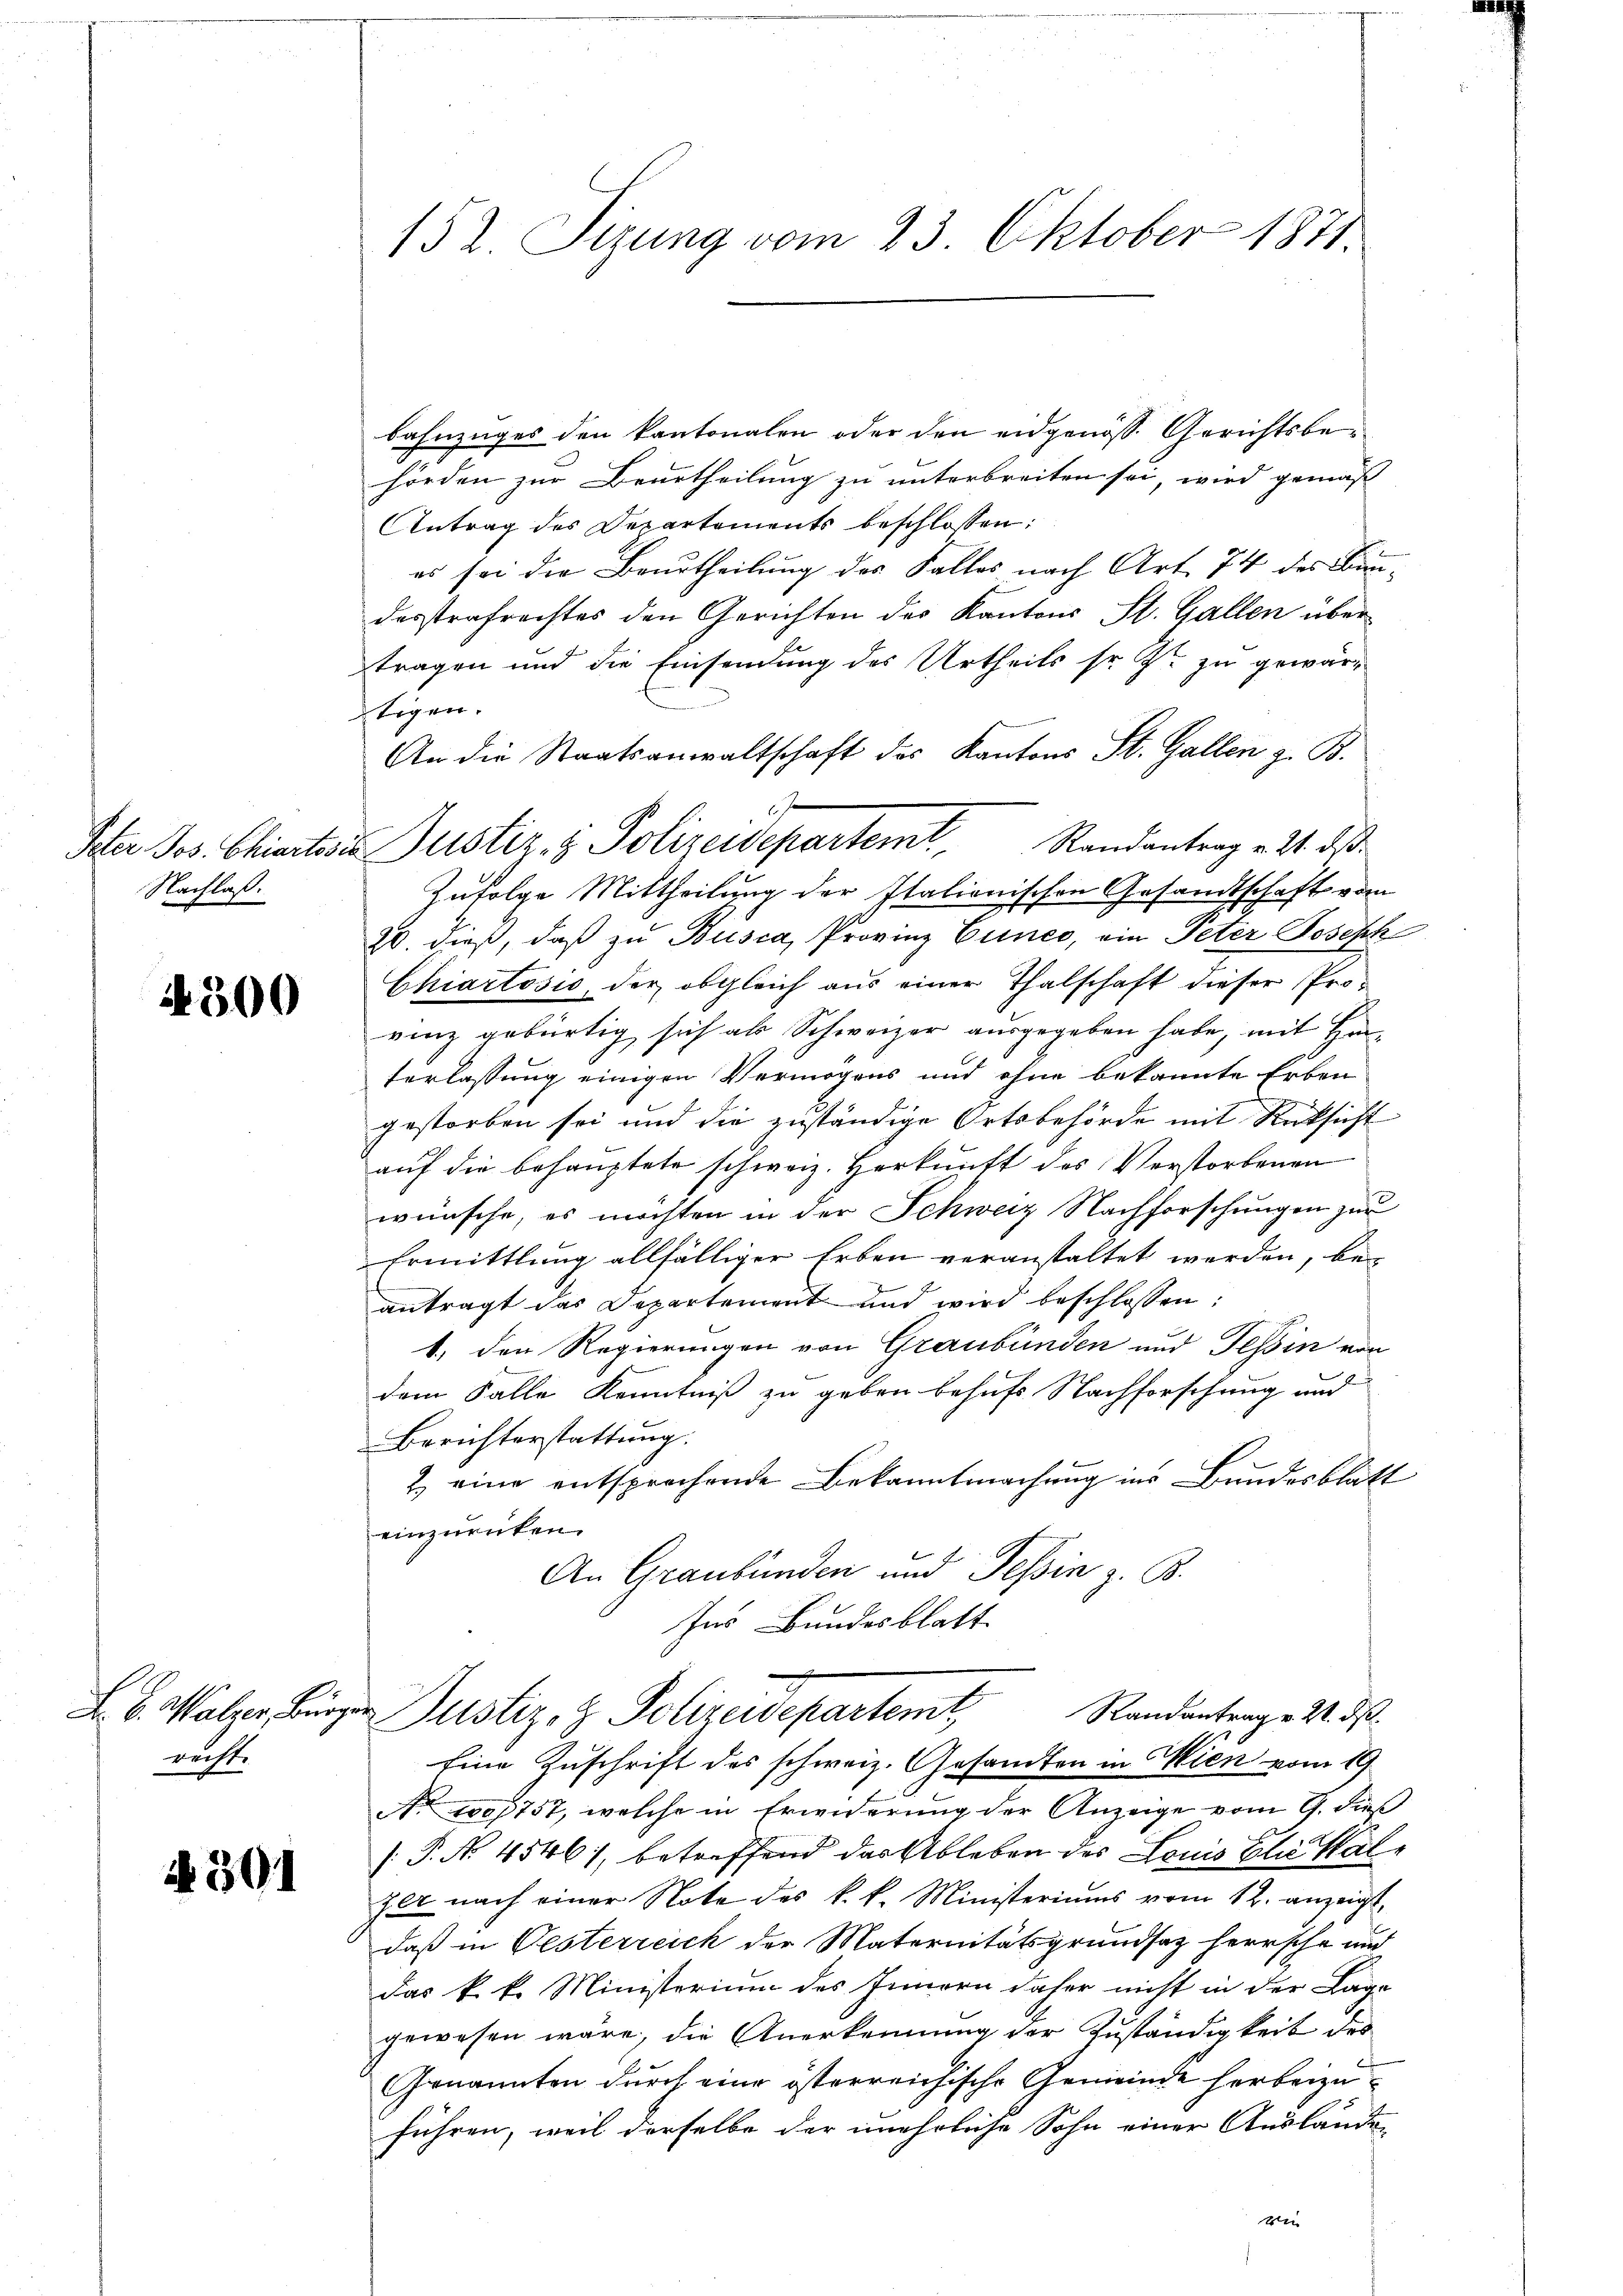
Peter Jos. Chiartes.
Nachlaß.

4300

Fr. 6. Maler, Bür
recht.

4301

152 Sizung vom 23. Oktober 1871

Bahnzuges den kantonalen oder den eidgenöss. Gerichtsbehörden zur Beurtheilung zu unterbreiten sei, wird gemäß
Antrag des Departements beschlossen:
es sei die Beurtheilung des Falles nach Art. 74 des Bundesstrafrechtes den Gerichten des Kantons St. Gallen übertragen und die Einsendung des Urtheils so fr zu gewärstegen.
An die Staatsanwaltschaft des Kantons St. Gallen z. B.
Zufolge Mittheilung der Italionischen Gesandtschaft vom
20. dieß, daß zu Büsca, Provinz Cunes, ein Peter Joseph
Chiartösio der obgleich aus einer Thalschaft dieser Prorinz gebürtig sich als Schweizer ausgegeben habe, mit Hanterlassung einigen Vermögens und ohne bekannte Erben
gestorben sei und die zuständige Ortsbehörde mit Rücksicht
auf die behauptete schweiz. Herkunft des Verstorbenen
wünsche, es möchten in der Schweiz Nachforschungen zur
Ermittlung allfälliger Erben veranstaltet werden, beantragt das Departement und wird beschlossen:
1., den Regierungen von Graubünden und Tessin von
dem Falle Kenntniß zu geben behufs Nachforschung und
Berichterstattung.
2) eine entsprochende Bekanntmachung ins Bundesblatt
einzurücken.
An Graubünden und Tessin z. B.
Ins Bundesblatt
Randantrag v. 21. ds.
Justiz- & Polizeidepartemt,
Eine Zuschrift des schweiz. Gesandten in Wien vom 19.
No 1007757, welche in Erwiderung der Anzeige vom 9. dieß
[P. No. 4546), betreffend das Ableben des Louis Elisat
zer nach einer Note des k. k. Ministeriums vom 12. anzeigt,
daß in Oesterreich der Maternitätsgrundsatz herrsche und
Das k. k. Ministerium des Innern daher nicht in der Lage
gewesen wäre, die Anerkennung der Zuständigkeit des
Genannten durch eine österreichische Gemeinde herbeizuführen, weil derselbe der unehrliche Sohn einer Auslanden

1
Justiz- & Polizeidepartem Randantrag v. 21. ds.